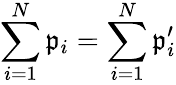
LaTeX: \sum_{i=1}^{N}\mathfrak{p}_{i}=\sum_{i=1}^{N}\mathfrak{p}_{i}^{\prime}